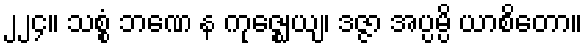
၂၂၄။ သစ္စံ ဘဏေ န ကုဇ္ဈေယျ၊ ဒဇ္ဇာ အပ္ပမ္ပိ ယာစိတော။